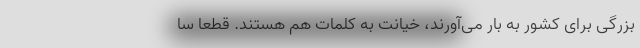
بزرگی برای کشور به بار می‌آورند، خیانت به کلمات هم هستند. قطعا سا